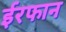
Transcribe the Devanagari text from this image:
ईरफान